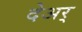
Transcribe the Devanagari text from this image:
देअर्